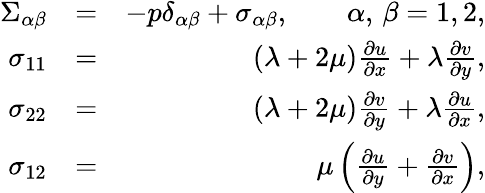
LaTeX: \begin{array}{rlr}{\Sigma_{\alpha\beta}}&{=}&{-p\delta_{\alpha\beta}+\sigma_{\alpha\beta},\qquad\alpha,\, \beta=1,2,}\\ {\sigma_{11}}&{=}&{(\lambda+2\mu)\frac{\partial u}{\partial x}+\lambda\frac{\partial v}{\partial y},}\\ {\sigma_{22}}&{=}&{(\lambda+2\mu)\frac{\partial v}{\partial y}+\lambda\frac{\partial u}{\partial x},}\\ {\sigma_{12}}&{=}&{\mu\left(\frac{\partial u}{\partial y}+\frac{\partial v}{\partial x}\right),}\end{array}